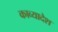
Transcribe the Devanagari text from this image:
काव्यादेश